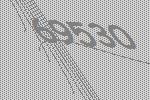
69530